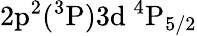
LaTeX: \mathrm{2p^{2}(^{3}P)3d~^{4}P_{5/2}}